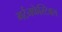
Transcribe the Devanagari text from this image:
गर्टनफेस्टिवल